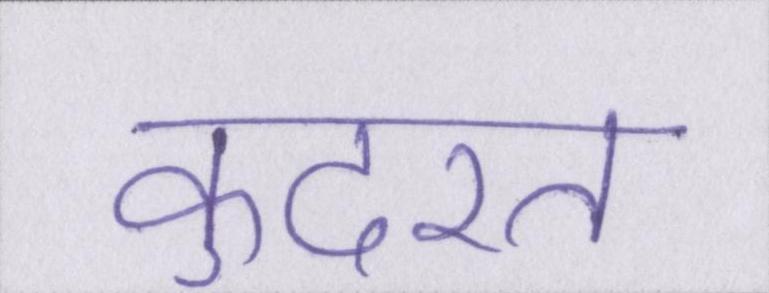
कुदरत